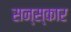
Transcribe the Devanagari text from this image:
सन्स्कार